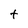
Character: t